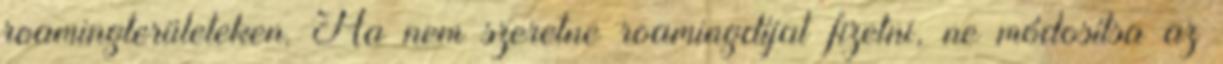
roamingterületeken. Ha nem szeretne roamingdíjat fizetni, ne módosítsa az